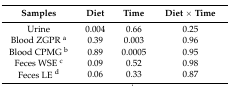
<table><thead><tr><td><b>Samples</b></td><td><b>Diet</b></td><td><b>Time</b></td><td><b>Diet × Time</b></td></tr></thead><tbody><tr><td>Urine</td><td>0.004</td><td>0.66</td><td>0.25</td></tr><tr><td>Blood ZGPR <sup>a</sup></td><td>0.39</td><td>0.003</td><td>0.96</td></tr><tr><td>Blood CPMG <sup>b</sup></td><td>0.89</td><td>0.0005</td><td>0.95</td></tr><tr><td>Feces WSE <sup>c</sup></td><td>0.09</td><td>0.52</td><td>0.98</td></tr><tr><td>Feces LE <sup>d</sup></td><td>0.06</td><td>0.33</td><td>0.87</td></tr></tbody></table>